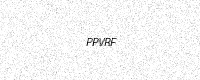
Text: PPVRF